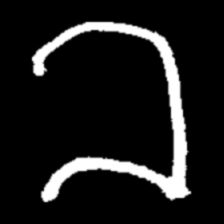
Pyu character \u2014 Myanmar letter: ခ (romanized: kha)